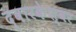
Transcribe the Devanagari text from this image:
द्वारकेश्वर